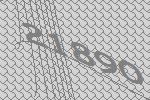
21890